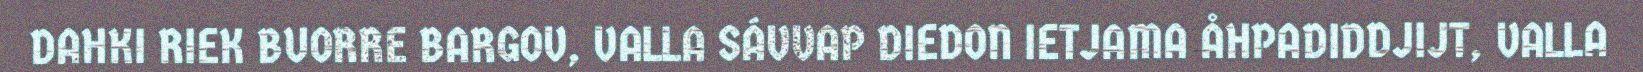
DAHKI RIEK BUORRE BARGOV, VALLA SÁVVAP DIEDON IETJAMA ÅHPADIDDJIJT, VALLA